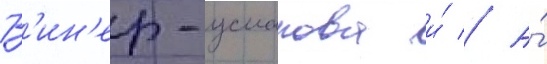
В'ин'ер-усманова и́ // А́